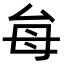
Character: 𭯇